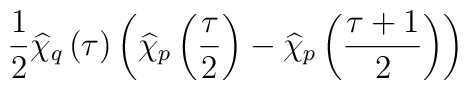
\frac{1}{2}\widehat{\chi }_{q}\left( \tau \right) \left( \widehat{\chi }_{p}\left( \frac{\tau }{2}\right) -\widehat{\chi }_{p}\left( \frac{\tau +1}{2}\right) \right)